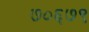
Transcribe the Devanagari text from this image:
७०६७९